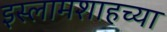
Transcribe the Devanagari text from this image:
इस्लामशाहच्या